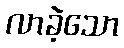
လာခဲ့သော